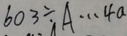
6 0 3 \div A \cdots 4 a